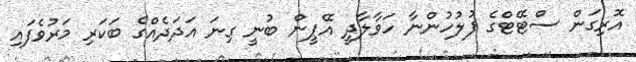
އޮރިގަން ސްޓޭޓްގެ ފުލުހުންނާ ހަވާލާދީ އޭޕީން ބުނީ ގިނަ އަދަދެއްގެ ބަކަރި މަރުވެފައި